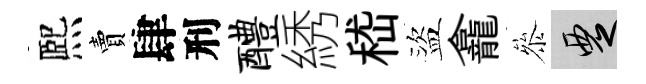
熈賣肆刑醴綉嵇盜龕叅覂